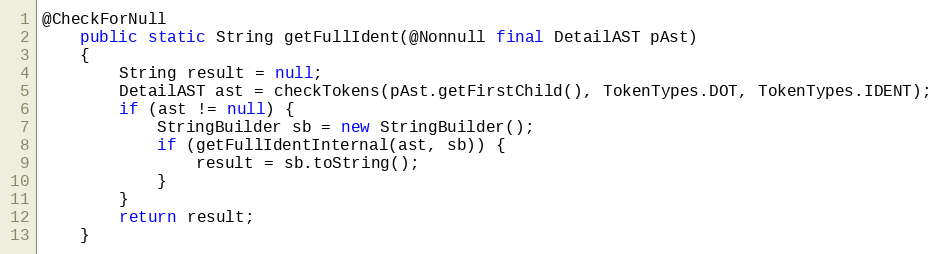
Language: Java
@CheckForNull
    public static String getFullIdent(@Nonnull final DetailAST pAst)
    {
        String result = null;
        DetailAST ast = checkTokens(pAst.getFirstChild(), TokenTypes.DOT, TokenTypes.IDENT);
        if (ast != null) {
            StringBuilder sb = new StringBuilder();
            if (getFullIdentInternal(ast, sb)) {
                result = sb.toString();
            }
        }
        return result;
    }